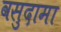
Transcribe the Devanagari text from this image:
वसुदामा